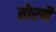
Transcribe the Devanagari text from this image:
तोरणै